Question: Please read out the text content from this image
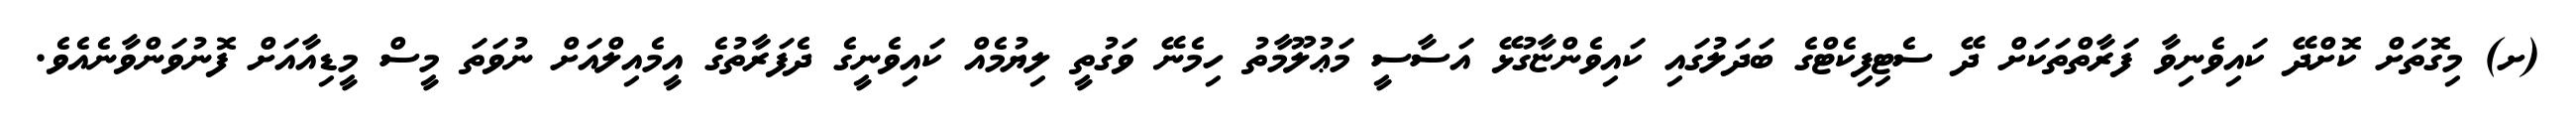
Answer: (ށ) މިގޮތަށް ކޮށްދޭ ކައިވެނިވާ ފަރާތްތަކަށް ދޭ ސެޓިފިކެޓްގެ ބަދަލުގައި ކައިވެންޏާގުޅޭ އަސާސީ މަޢުލޫމާތު ހިމެނޭ ވަގުތީ ލިޔުމެއް ކައިވެނީގެ ދެފަރާތުގެ އީމެއިލްއަށް ނުވަތަ މީސް މީޑިއާއަށް ފޮނުވަންވާނެއެވެ.